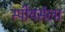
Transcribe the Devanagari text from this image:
स्पीयर्सला